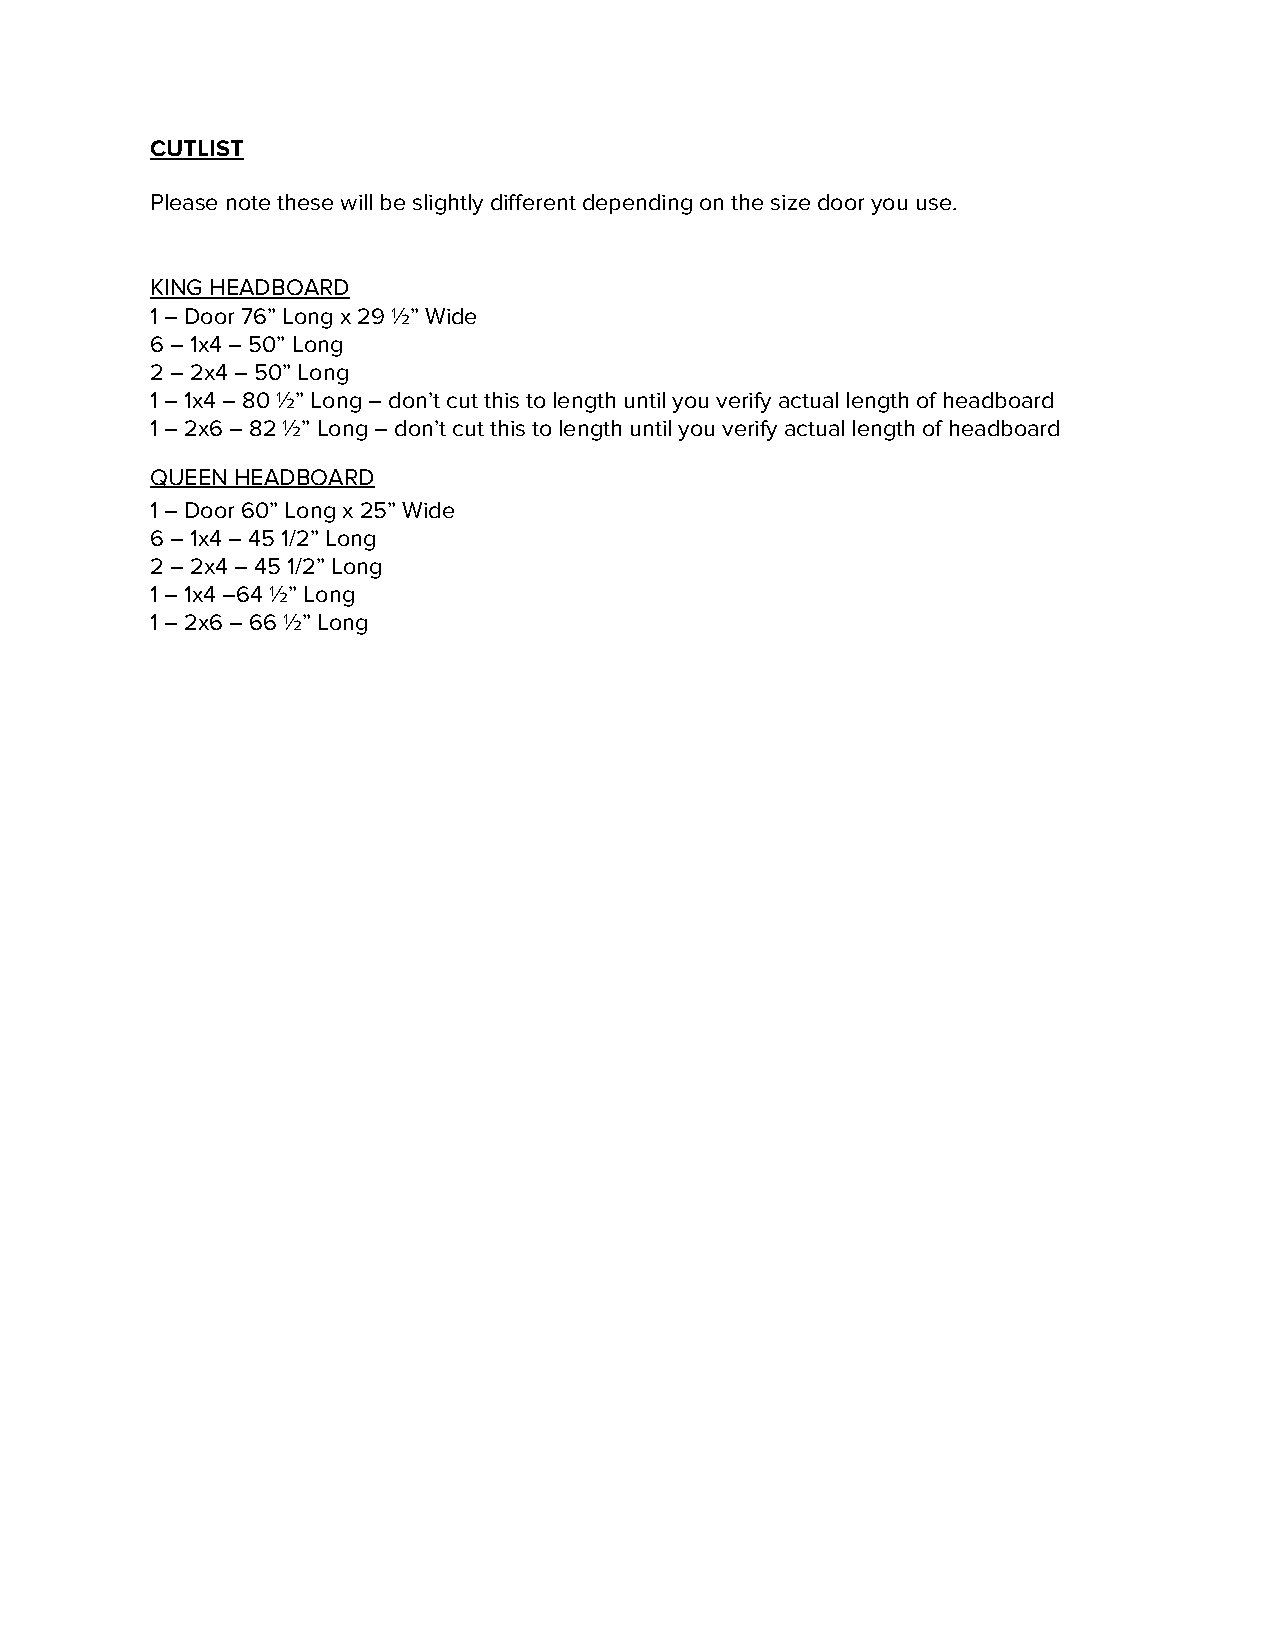
CUTLIST
 Please note these will be slightly different depending on the size door you use.
 KING HEADBOARD
 1 – Door 76” Long x 29 ½” Wide
 6 – 1x4 – 50” Long
 2 – 2x4 – 50” Long
 1 – 1x4 – 80 ½” Long – don’t cut this to length until you verify actual length of headboard
 1 – 2x6 – 82 ½” Long – don’t cut this to length until you verify actual length of headboard
 QUEEN HEADBOARD
 1 – Door 60” Long x 25” Wide
 6 – 1x4 – 45 1/2” Long
 2 – 2x4 – 45 1/2” Long
 1 – 1x4 –64 ½” Long
 1 – 2x6 – 66 ½” Long